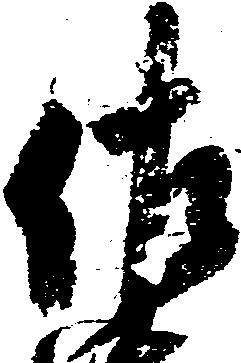
佐